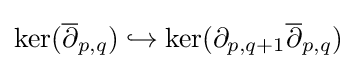
\ker({\overline {\partial }}_{p,q})\hookrightarrow \ker(\partial _{p,q+1}{\overline {\partial }}_{p,q})